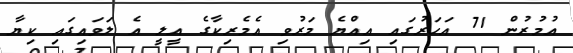
އުމުުރުން 71 އަހަރުގައި އިއްޔެ މަރުވި އެމެރިކާގެ އީލީ އެ ލަވައިގައި ކިޔާ